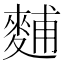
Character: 麱